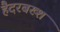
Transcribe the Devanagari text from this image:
हैदरबख्श